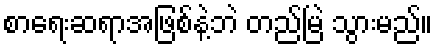
စာရေးဆရာအဖြစ်နဲ့ဘဲ တည်မြဲ သွားမည်။